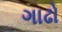
ગાઢો